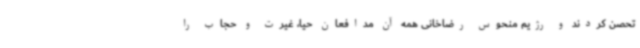
تحصن کردند و رژیم منحوس رضاخانی همه آن مدافعان حیا، غیرت و حجاب را